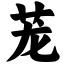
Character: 茏